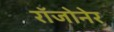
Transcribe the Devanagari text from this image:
रॉजोनेर